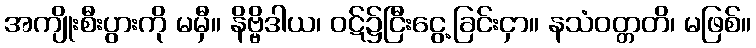
အကျိုးစီးပွားကို မမှီ။ နိဗ္ဗိဒါယ၊ ဝဋ်၌ငြီးငွေ့ခြင်းငှာ။ နသံဝတ္တတိ၊ မဖြစ်။